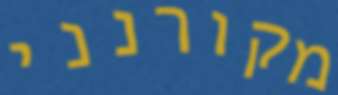
מקורנני